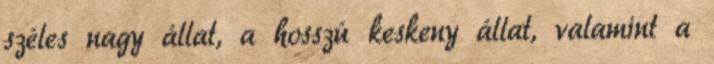
széles nagy állat, a hosszú keskeny állat, valamint a